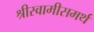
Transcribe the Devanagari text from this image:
श्रीस्वामीसमर्थ